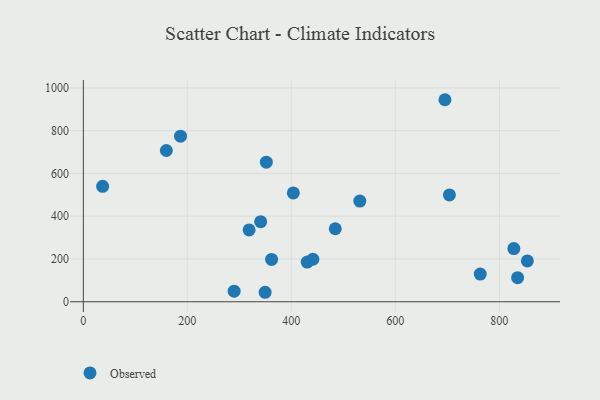
{"axis": {"x": "Investment", "y": "Yield"}, "legend": ["Observed"], "data": [{"x": "441.5", "y": 198.7, "type": "Observed"}, {"x": "704.0", "y": 499.6, "type": "Observed"}, {"x": "695.4", "y": 945.0, "type": "Observed"}, {"x": "290.0", "y": 49.6, "type": "Observed"}, {"x": "351.9", "y": 652.8, "type": "Observed"}, {"x": "186.9", "y": 774.4, "type": "Observed"}, {"x": "318.8", "y": 336.0, "type": "Observed"}, {"x": "37.1", "y": 539.9, "type": "Observed"}, {"x": "403.8", "y": 509.2, "type": "Observed"}, {"x": "159.6", "y": 707.5, "type": "Observed"}, {"x": "853.9", "y": 191.1, "type": "Observed"}, {"x": "531.7", "y": 471.0, "type": "Observed"}, {"x": "430.5", "y": 185.7, "type": "Observed"}, {"x": "827.9", "y": 248.5, "type": "Observed"}, {"x": "349.6", "y": 44.3, "type": "Observed"}, {"x": "763.3", "y": 129.6, "type": "Observed"}, {"x": "835.1", "y": 112.8, "type": "Observed"}, {"x": "341.0", "y": 374.4, "type": "Observed"}, {"x": "362.0", "y": 197.8, "type": "Observed"}, {"x": "484.5", "y": 341.4, "type": "Observed"}]}